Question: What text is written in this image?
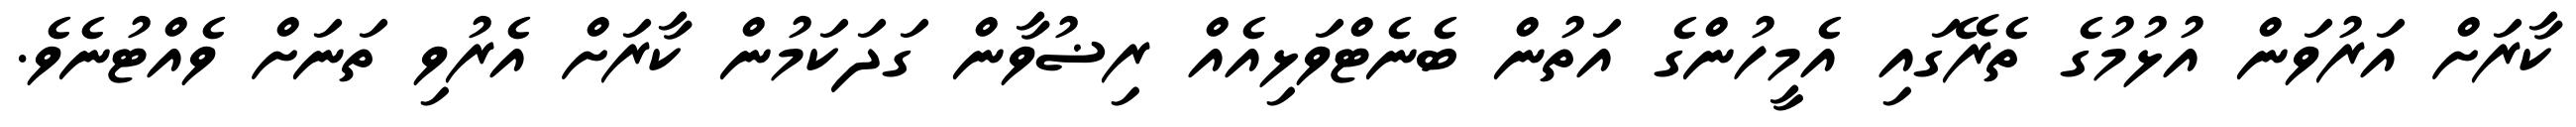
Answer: ކާރަށް އަރުވަން އުޅުމުގެ ތެރޭގައި އެމީހުންގެ އަތުން ބެނެޓްވަޅިއެއް ރިޟުވާން ގަދަކަމުން ކާރަށް އެރުވި ތަނަށް ވެއްޓުނެވެ.